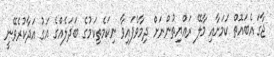
ޖާގަ އެބައޮތް ކަމަށާއި މާލޭ ރައްޔިތުންނަށް ދިމާވެފައިވާ ނިކަމެތިކަމުގެ ބަދަލެއްގެ އަގު އަދާކުރެވޭނީ